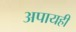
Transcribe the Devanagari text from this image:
अपायही